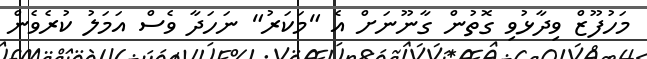
މަހުފޫޒް ވިދާޅުވި ގޮތުން ގާނޫނަށް އެ "މަކަރު" ނަހަދާ ވެސް އަމަލު ކުރެވެން